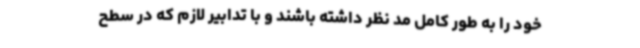
خود را به طور کامل مد نظر داشته باشند و با تدابیر لازم که در سطح